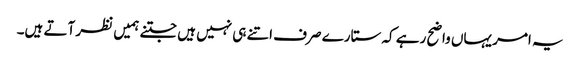
یہ امر یہاں واضح رہے کہ ستارے صرف اتنے ہی نہیں ہیں جتنے ہمیں نظر آتے ہیں۔